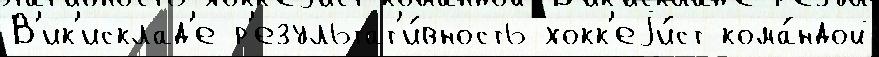
В'ик'исклад'е р'езультат'и́вность хокк'еjи́ст кома́ндой